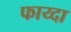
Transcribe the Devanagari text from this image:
फाय्दा